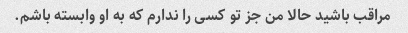
مراقب باشید حالا من جز تو کسی را ندارم که به او وابسته باشم.